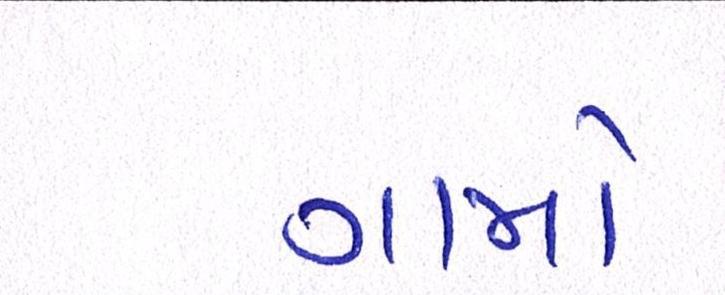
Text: ગામો